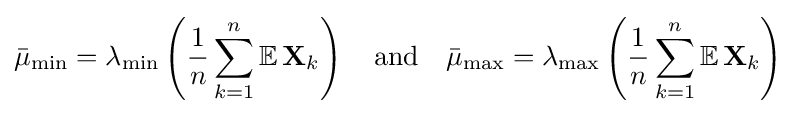
{\bar {\mu }}_{\text{min}}=\lambda _{\text{min}}\left({\frac {1}{n}}\sum _{k=1}^{n}\mathbb {E} \,\mathbf {X} _{k}\right)\quad {\text{and}}\quad {\bar {\mu }}_{\text{max}}=\lambda _{\text{max}}\left({\frac {1}{n}}\sum _{k=1}^{n}\mathbb {E} \,\mathbf {X} _{k}\right)